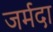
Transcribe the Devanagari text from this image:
जर्मदा